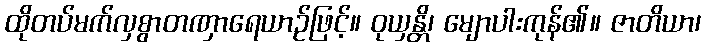
ထိုတပ်မက်လှစွာတဏှာရေယာဉ်ဖြင့်။ ဝုယှန္တိ၊ မျောပါးကုန်၏။ ဇာတိယာ၊